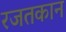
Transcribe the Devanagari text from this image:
रजतकान